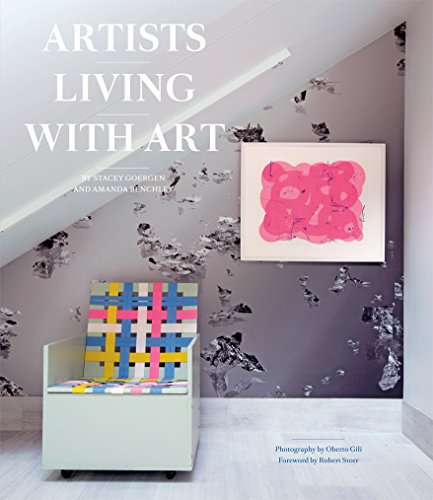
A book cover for Artists Living with Art; Stacey Goergen; Arts & Photography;